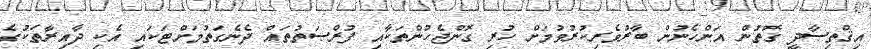
އިޤްތިޞާދީ ގޮތުން އަންހެނުން ބާރުވެރިކުރުވުމަށް ހުރި ގޮންޖެހުންތަކާއި ފުރްޞަތުތައް ދެނެގަތުމަށްޓަކައި އެކި ދާއިރާތަކުގެ